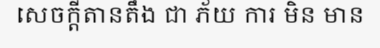
សេចក្តីតានតឹង ជា ភ័យ ការ មិន មាន